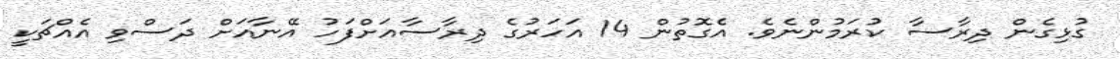
ގުޅިގެން ދިރާސާ ކުރަމުންނެވެ. އެގޮތުން 14 އަހަރުގެ ދިރާސާއަށްފަހު އޭނާއަށް ދަސްވި އެއްޗަކީ